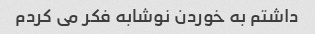
داشتم به خوردن نوشابه فکر می کردم